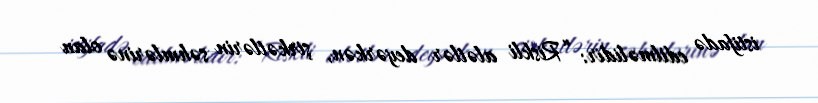
istifadə edilməlidir: “Riskli alətlər deyərkən, şirkətlərin səhmlərinə olan